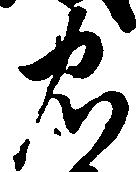
忠